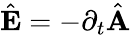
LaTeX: \begin{array}{r}{\hat{\mathbf E}=-\partial_{t}\hat{\mathbf A}}\end{array}